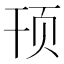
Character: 顸